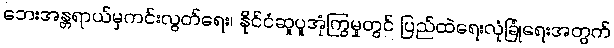
ဘေးအန္တရာယ်မှကင်းလွတ်ရေး၊ နိုင်ငံဆူပူအုံကြွမှုတွင် ပြည်ထဲရေးလုံခြုံရေးအတွက်